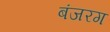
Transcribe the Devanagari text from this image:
बंजरग